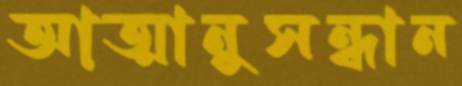
আত্মানুসন্ধান